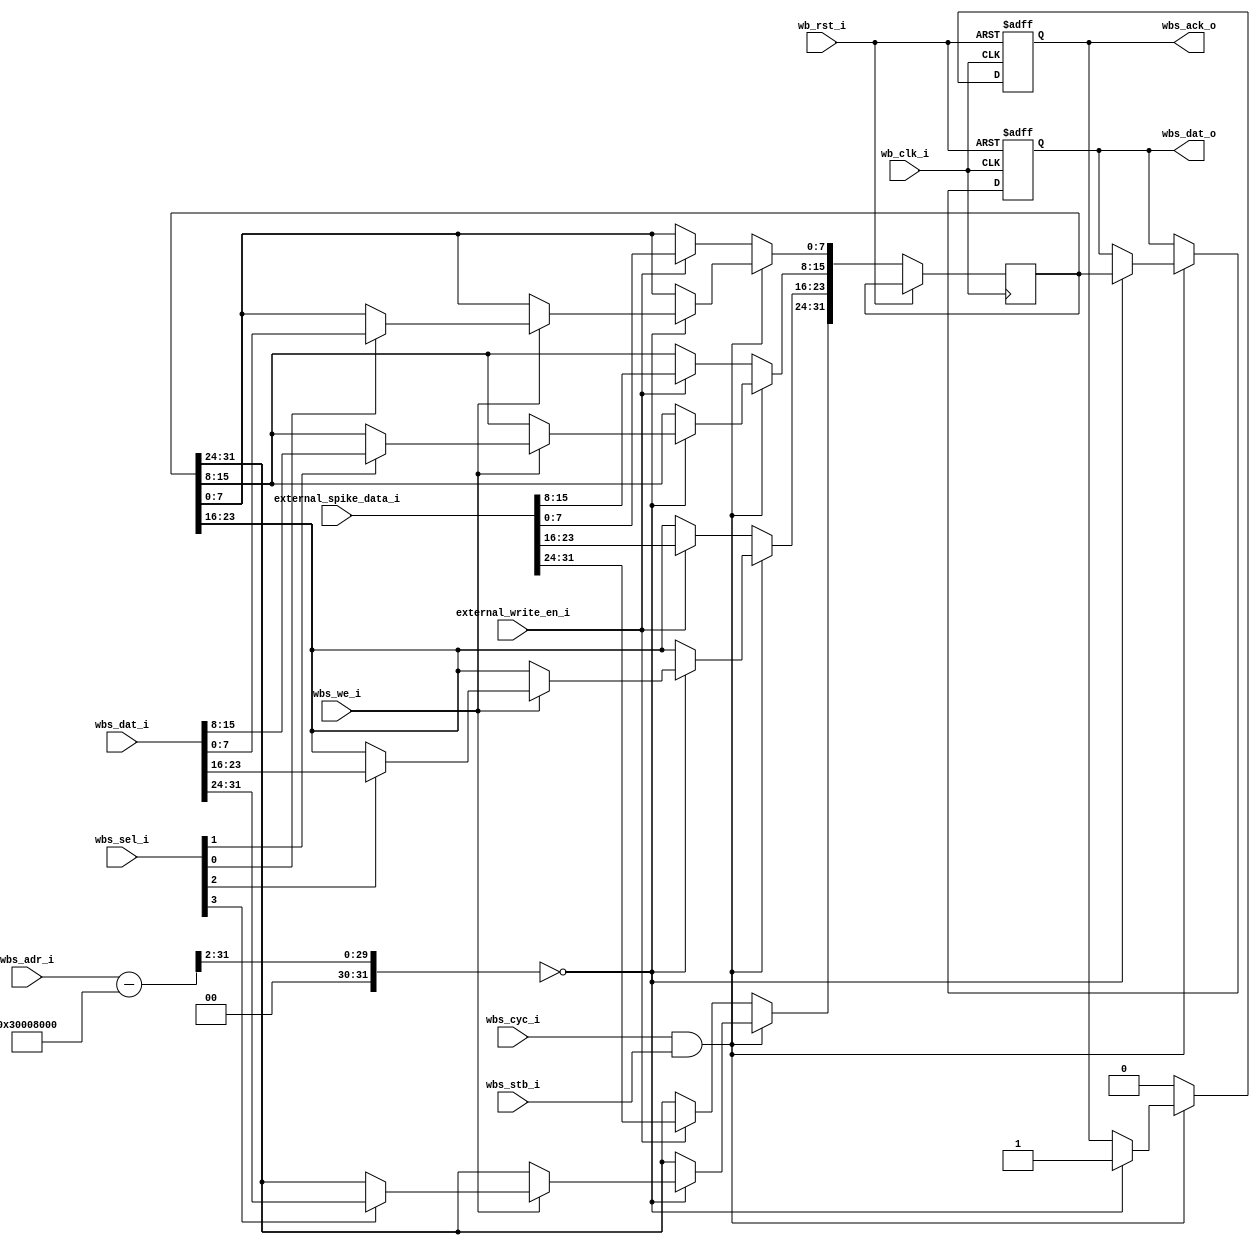
module neuron_spike_out (
    // Wishbone slave interface
    input wb_clk_i,             // Clock
    input wb_rst_i,             // Reset
    input wbs_cyc_i,            // Indicates an active Wishbone cycle
    input wbs_stb_i,            // Active during a valid address phase
    input wbs_we_i,             // Determines read or write operation
    input [3:0] wbs_sel_i,      // Byte lanes selector
    input [31:0] wbs_adr_i,     // Address input
    input [31:0] wbs_dat_i,     // Data input for writes
    output reg wbs_ack_o,       // Acknowledgment for data transfer
    output reg [31:0] wbs_dat_o, // Data output 

    // External spike data inputs
    input [31:0] external_spike_data_i,
    input external_write_en_i
);

parameter BASE_ADDR = 32'h30008000;  // Base address for this SRAM
reg [31:0] sram;                      // SRAM storage for spikes (single word now)

wire [31:0] address;                  // 32-bit address signal
assign address = (wbs_adr_i - BASE_ADDR) >> 2;

// Handling read/write operations, the acknowledgment signal, and the external spike update
always @(negedge wb_clk_i or posedge wb_rst_i) begin
    if (wb_rst_i) begin
        wbs_ack_o <= 1'b0;
        wbs_dat_o <= 32'b0;
    end
    else if (wbs_cyc_i && wbs_stb_i) begin
        if (address == 32'd0) begin  // Only one address location now
            if (wbs_we_i) begin
                // Byte-specific writes based on wbs_sel_i
                if (wbs_sel_i[0]) sram[7:0] <= wbs_dat_i[7:0];
                if (wbs_sel_i[1]) sram[15:8] <= wbs_dat_i[15:8];
                if (wbs_sel_i[2]) sram[23:16] <= wbs_dat_i[23:16];
                if (wbs_sel_i[3]) sram[31:24] <= wbs_dat_i[31:24];
            end
            wbs_dat_o <= sram;
            wbs_ack_o <= 1'b1;
        end
    end 
    else begin
        wbs_ack_o <= 1'b0;
        if (external_write_en_i) begin
            // External spike data update
            sram <= external_spike_data_i;
        end 
    end
end

endmodule